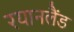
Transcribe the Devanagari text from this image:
रयानलैंड